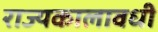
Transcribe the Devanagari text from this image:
राज्यकालावधी